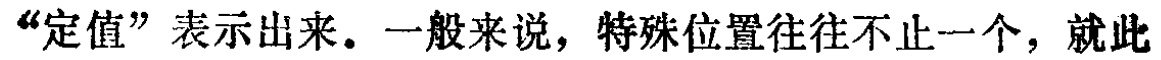
“定值”表示出来。一般来说，特殊位置往往不止一个，就此